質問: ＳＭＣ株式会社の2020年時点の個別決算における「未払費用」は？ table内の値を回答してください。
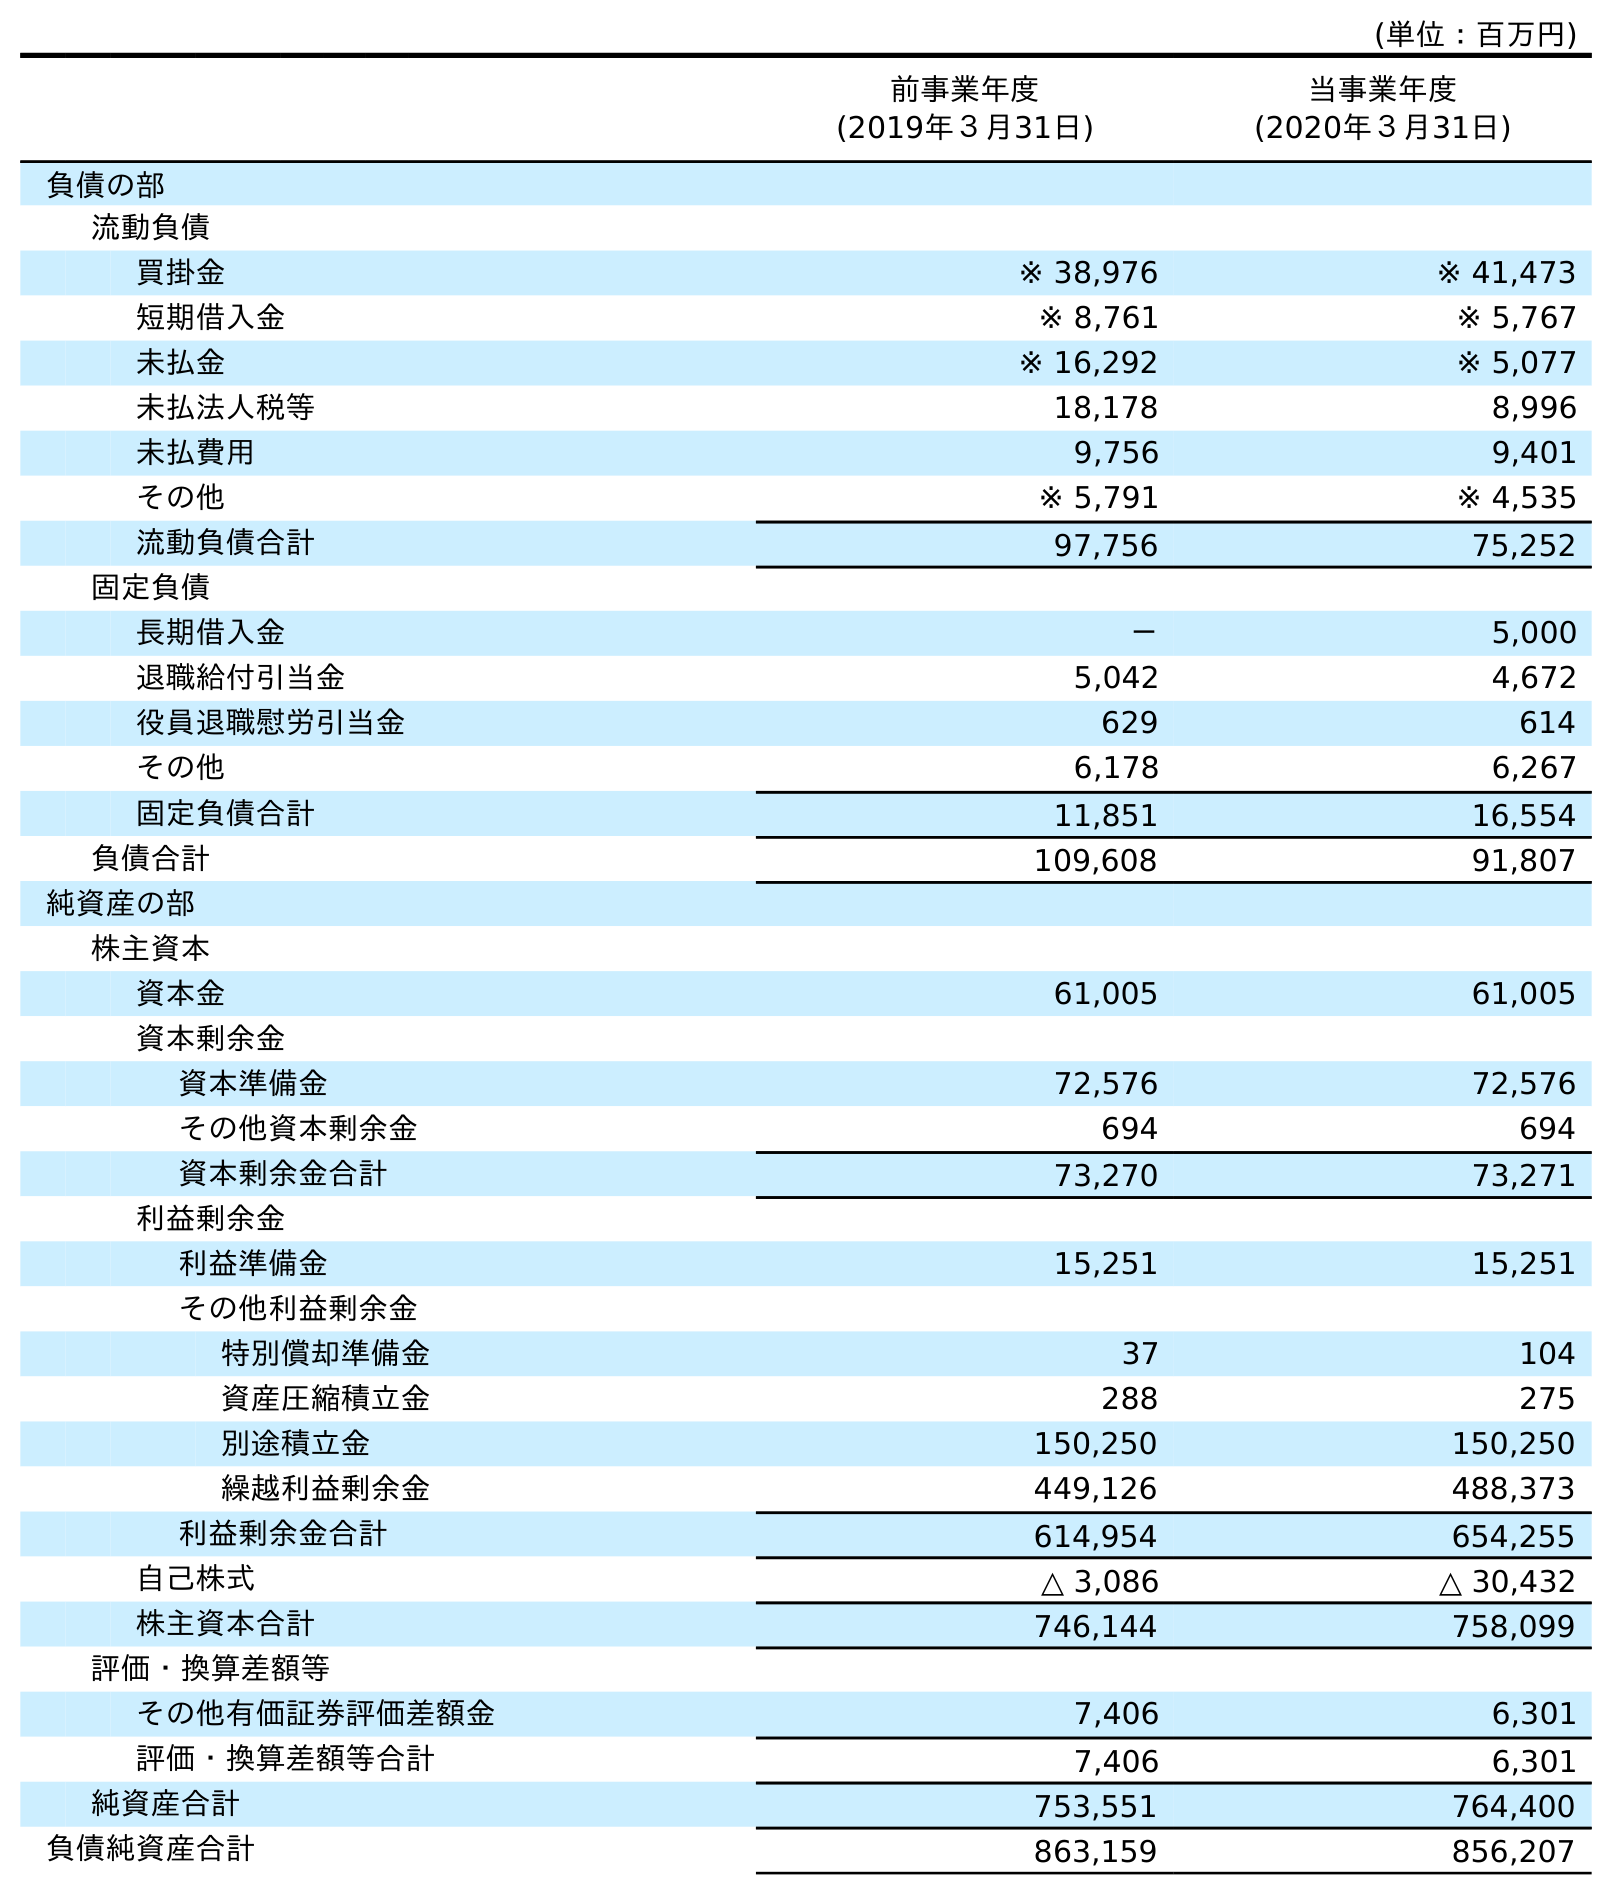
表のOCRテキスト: (単位：百万円) 前事業年度 (2019年３月31日) 当事業年度 (2020年３月31日) 負債の部 流動負債 買掛金 ※ 38,976 ※ 41,473 短期借入金 ※ 8,761 ※ 5,767 未払金 ※ 16,292 ※ 5,077 未払法人税等 18,178 8,996 未払費用 9,756 9,401 その他 ※ 5,791 ※ 4,535 流動負債合計 97,756 75,252 固定負債 長期借入金 － 5,000 退職給付引当金 5,042 4,672 役員退職慰労引当金 629 614 その他 6,178 6,267 固定負債合計 11,851 16,554 負債合計 109,608 91,807 純資産の部 株主資本 資本金 61,005 61,005 資本剰余金 資本準備金 72,576 72,576 その他資本剰余金 694 694 資本剰余金合計 73,270 73,271 利益剰余金 利益準備金 15,251 15,251 その他利益剰余金 特別償却準備金 37 104 資産圧縮積立金 288 275 別途積立金 150,250 150,250 繰越利益剰余金 449,126 488,373 利益剰余金合計 614,954 654,255 自己株式 △ 3,086 △ 30,432 株主資本合計 746,144 758,099 評価・換算差額等 その他有価証券評価差額金 7,406 6,301 評価・換算差額等合計 7,406 6,301 純資産合計 753,551 764,400 負債純資産合計 863,159 856,207
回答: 9,401